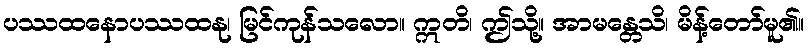
ပဿထနောပဿထနု၊ မြင်ကုန်သလော။ ဣတိ၊ ဤသို့။ အာမန္တေသိ၊ မိန့်တော်မူ၏။